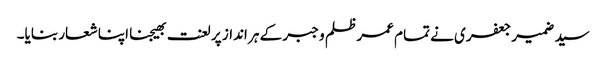
سید ضمیر جعفری نے تمام عمر ظلم و جبر کے ہر انداز پر لعنت بھیجنا اپنا شعار بنایا۔